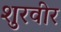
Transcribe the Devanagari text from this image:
शुरवीर